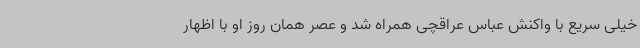
خیلی سریع با واکنش عباس عراقچی همراه شد و عصر همان روز او با اظهار